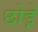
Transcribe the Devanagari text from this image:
छोड़े़